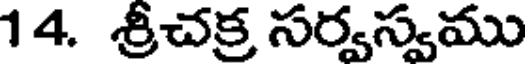
14. శ్రీచక్ర సర్వస్వము